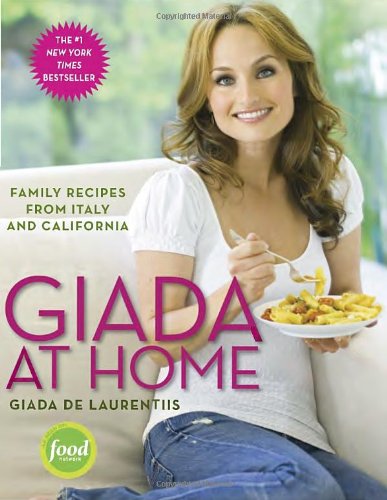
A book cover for Giada at Home: Family Recipes from Italy and California; Giada De Laurentiis; Cookbooks, Food & Wine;